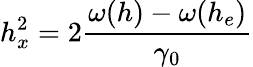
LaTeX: h_{x}^{2}=2\frac{\omega(h)-\omega(h_{e})}{\gamma_{0}}